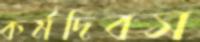
কর্মদিবস